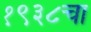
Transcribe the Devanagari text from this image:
१९३८चा